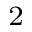
^ 2